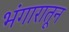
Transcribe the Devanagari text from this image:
भंगारातून